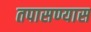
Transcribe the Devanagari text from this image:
तपासण्यास